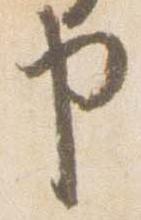
申